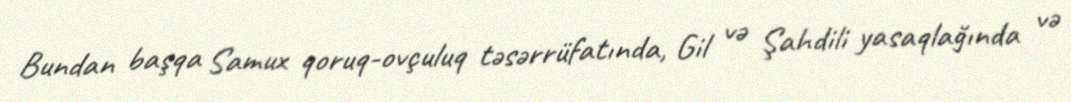
Bundan başqa Samux qoruq-ovçuluq təsərrüfatında, Gil və Şahdili yasaqlağında və